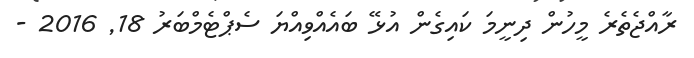
ރާއްޖެތެރެ މީހުން ދިނީމަ ކައިގެން އުޅޭ ބައެއްވިއްޔަ ސެޕްޓެމްބަރު 18